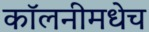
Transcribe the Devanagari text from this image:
कॉलनीमधेच